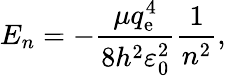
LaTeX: E_{n}=-{\frac{\mu q_{\mathrm{e}}^{4}}{8h^{2}\varepsilon_{0}^{2}}}{\frac{1}{n^{2}}},